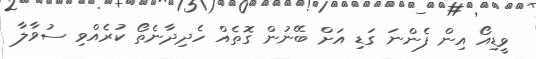
ވީޑިއޯ އިން ފެންނަ ގަޑި އަށް ބޭނުން ގޮތެއް ހެދިދާނެތޯ ކުރެއްވި ސުވާލާ